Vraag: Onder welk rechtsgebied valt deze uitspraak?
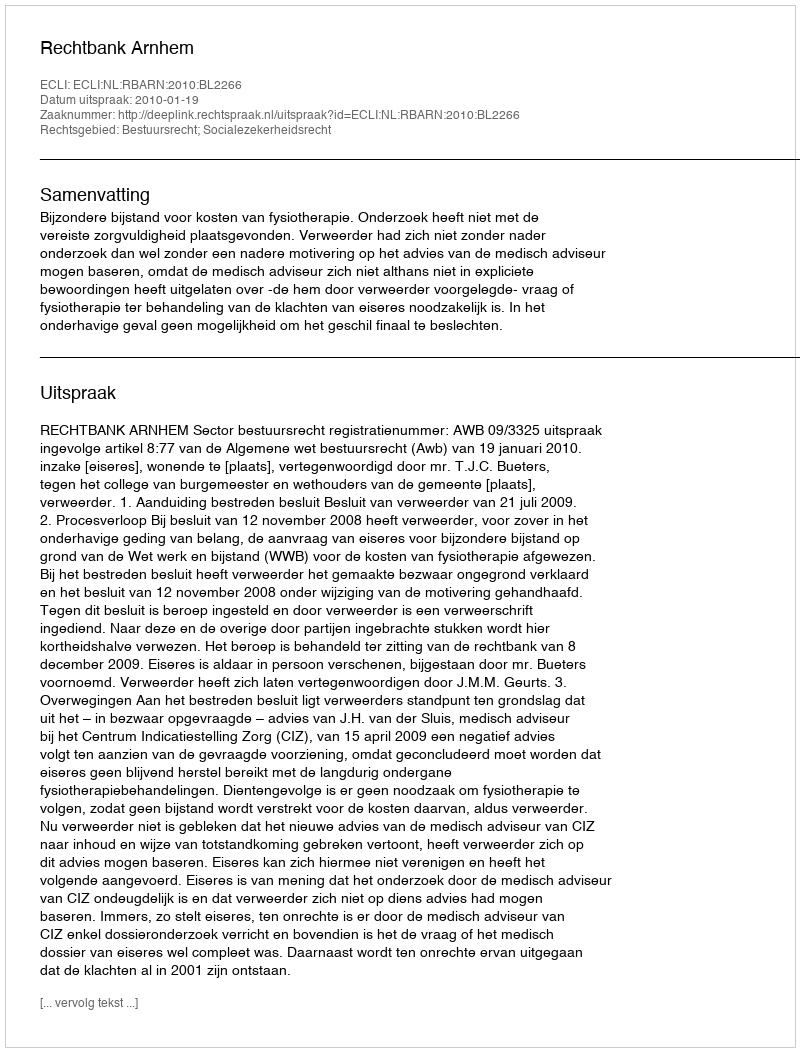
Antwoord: Bestuursrecht; Socialezekerheidsrecht